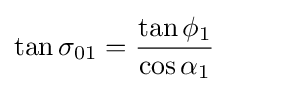
\tan \sigma _{01}={\frac {\tan \phi _{1}}{\cos \alpha _{1}}}\qquad